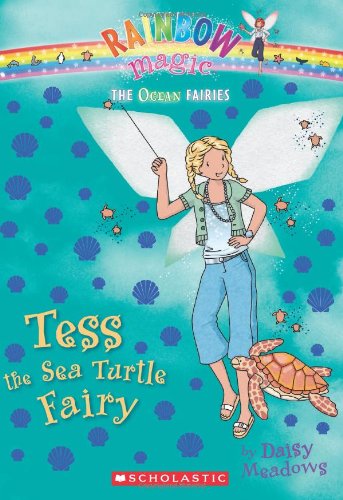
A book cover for Tess the Sea Turtle Fairy (Rainbow Magic: Ocean Fairies #4); Daisy Meadows; Children's Books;